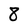
Character: 8